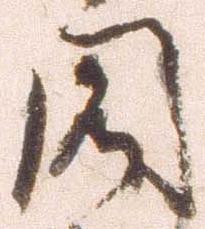
閣